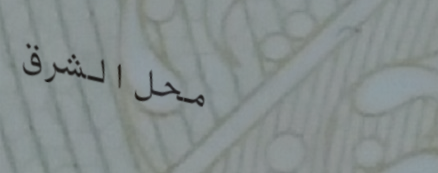
محل الشرق